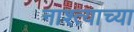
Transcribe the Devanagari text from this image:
नाश्त्याच्या